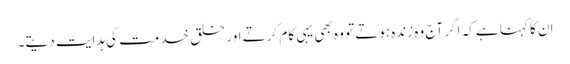
ان کا کہنا ہے کہ اگر آج وہ زندہ ہوتے تو وہ بھی یہی کام کرتے اور خلق خدمت کی ہدایت دیتے۔